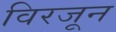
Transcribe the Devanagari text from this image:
विरजून